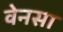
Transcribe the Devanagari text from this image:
वेनसा